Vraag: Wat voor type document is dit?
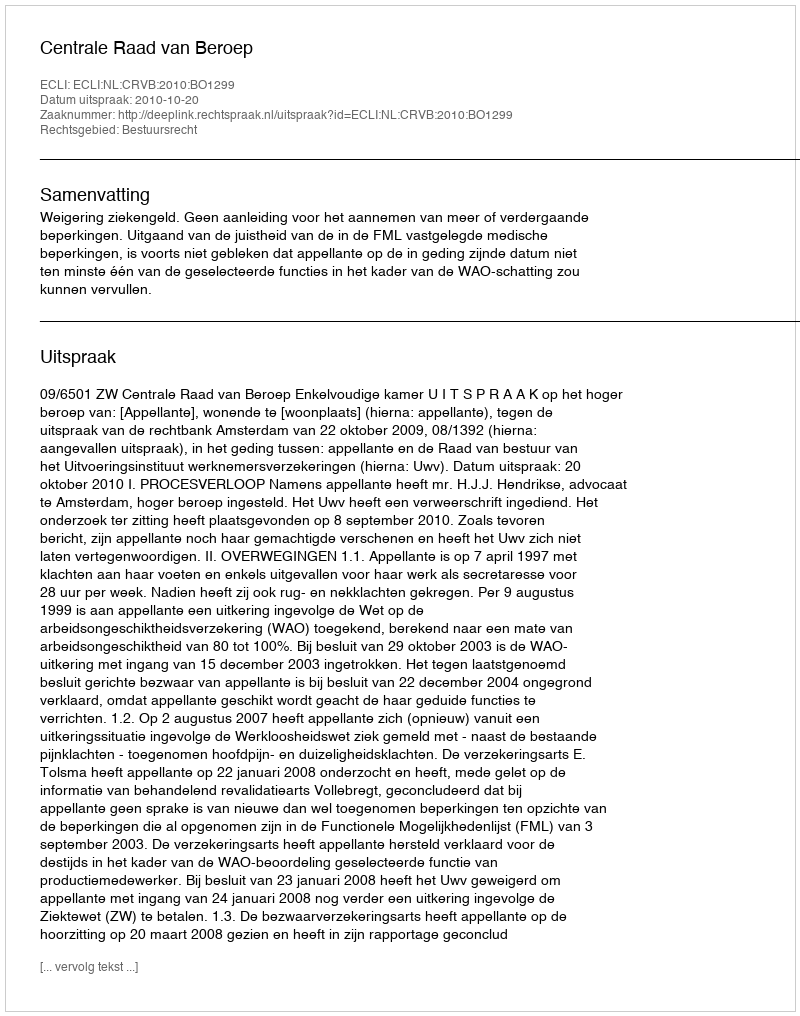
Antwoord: Uitspraak